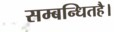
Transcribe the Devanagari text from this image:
सम्बन्धितहै।